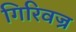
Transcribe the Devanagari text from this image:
गिरिवज्र